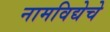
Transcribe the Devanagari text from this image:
नामविद्येचे